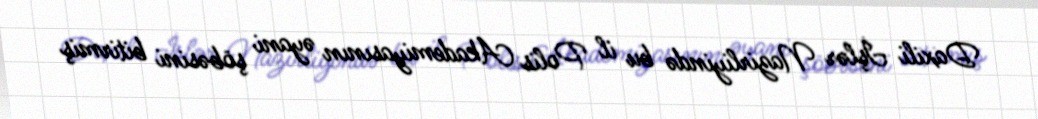
Daxili İşlər Nazirliyində bu il Polis Akademiyasının əyani şöbəsini bitirmiş